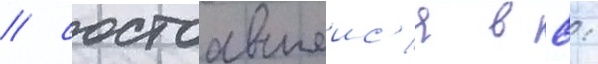
/ состоавшеис'я в 8: